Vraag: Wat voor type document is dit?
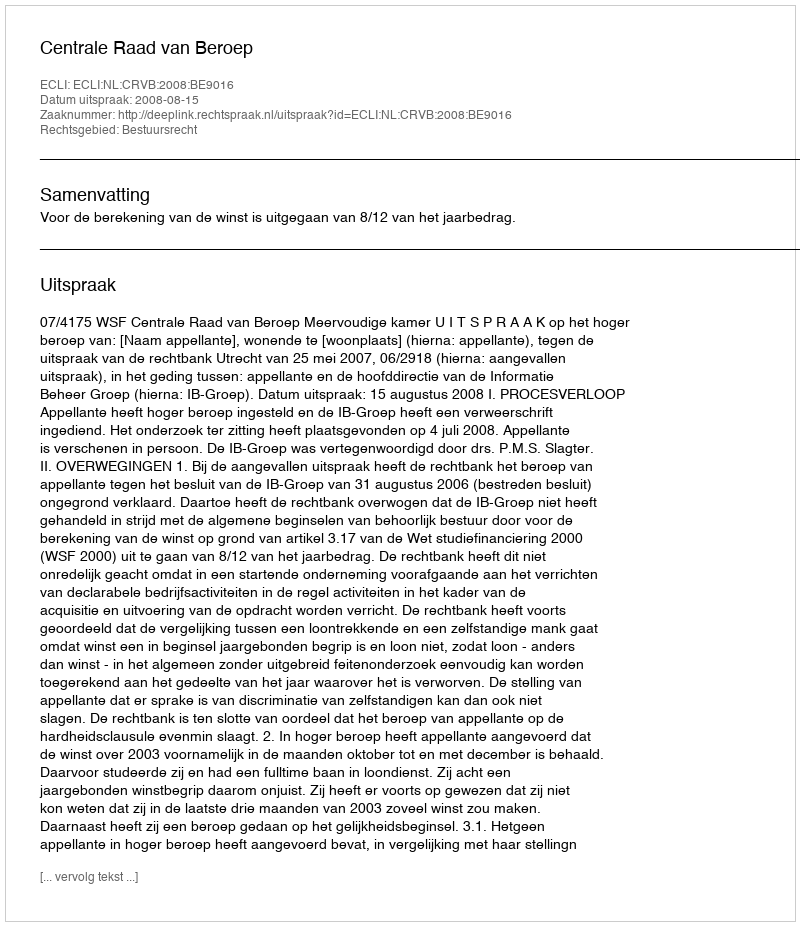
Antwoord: Uitspraak